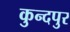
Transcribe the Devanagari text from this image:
कुन्दपुर